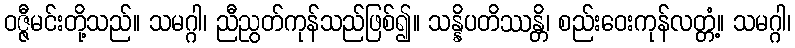
ဝဇ္ဇီမင်းတို့သည်။ သမဂ္ဂါ၊ ညီညွတ်ကုန်သည်ဖြစ်၍။ သန္နိပတိဿန္တိ၊ စည်းဝေးကုန်လတ္တံ့။ သမဂ္ဂါ၊